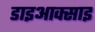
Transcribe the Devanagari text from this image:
डाइआक्साइ